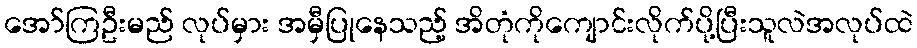
အော်ကြဦးမည် လုပ်မှား အမှီပြုနေသည့် အိတုံကိုကျောင်းလိုက်ပို့ပြီးသူလဲအလုပ်ထဲ